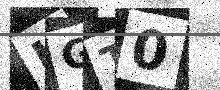
Text: KGT0